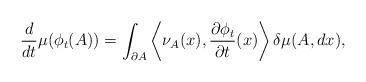
LaTeX: \begin{align*} \frac{d}{dt}\mu(\phi_t(A))=\int_{\partial A} \left\langle \nu_A(x),\frac{\partial\phi_t}{\partial t}(x)\right\rangle\delta\mu(A,dx),\end{align*}